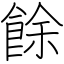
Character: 餘